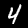
Label: 4